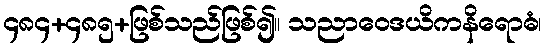
၄၈၄+၄၈၅+ဖြစ်သည်ဖြစ်၍။ သညာဝေဒယိကနိရောဓံ၊